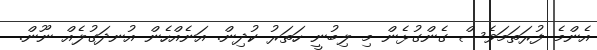
އެންމެ ފުރަތަމަވެސް ގެންގުޅެން މި ލިބުނީ ހަތަރު ކުދިން. އަނެއްހެން އުނދަގުލެއް ނޫން.